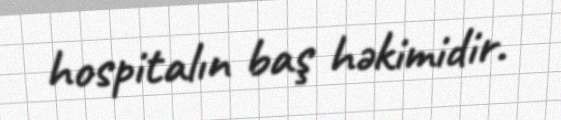
hospitalın baş həkimidir.